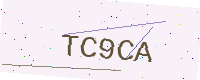
Text: TC9CA